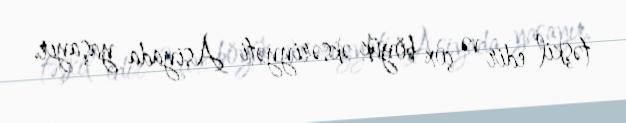
təşkil edir və çox böyük əksəriyyəti Asiyada yaşayır.